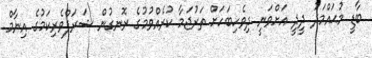
ބާޑީ މުޙައްމަދު ދީދީ އަށްވަނީ ދިވެހިބަހަށް ތަރުޖަމާ ކުރެއްވުމުގެ ރޮނގުން ޝަރަފްވެރިކަމުގެ އިނާމް